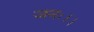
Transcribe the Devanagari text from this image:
जनः।।